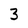
Character: 3